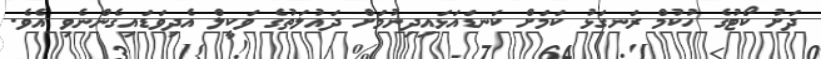
ދަށު ކޯޓުގެ ހުކުމް ރަނގަޅު ކަމަށް ކަނޑައަޅައިދިނުމަށް ދައުލަތުގެ ވަކީލް އެދިވަޑައިގެންނެވި އެވެ.